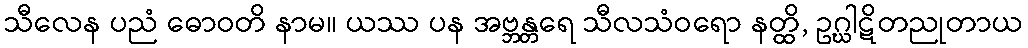
သီလေန ပညံ ဓောဝတိ နာမ။ ယဿ ပန အဗ္ဘန္တရေ သီလသံဝရော နတ္ထိ, ဥဂ္ဃါဋိတညုတာယ